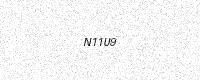
Text: N11U9